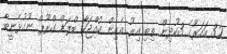
32 އަހަރުގެ 3ކުދިން ތިބި އިރު އެއިން ކުއްޖަކާ ބްލަޑް ގްރޫޕް ނުގުޅެނީބާ